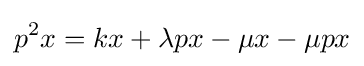
p^{2}x=kx+\lambda px-\mu x-\mu px